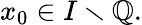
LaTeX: x_{0}\in I\smallsetminus\mathbb{Q}.